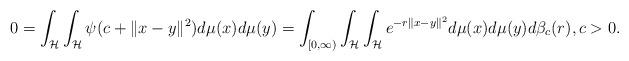
LaTeX: \begin{align*}0=\int_{\mathcal{H}}\int_{\mathcal{H}}\psi(c+\|x-y\|^{2})d\mu(x)d\mu(y) = \int_{[0, \infty)}\int_{\mathcal{H}}\int_{\mathcal{H}}e^{-r\|x-y\|^{2}}d\mu(x)d\mu(y)d\beta_{c}(r), c>0.\end{align*}